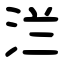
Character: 㳕